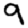
Digit: 9